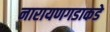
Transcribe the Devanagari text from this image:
नारायणगडाकडे